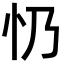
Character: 𢖱